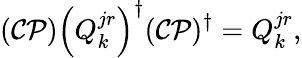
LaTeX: ({\cal CP})\left(Q_{k}^{jr}\right)^{\dagger}({\cal CP})^{\dagger}=Q_{k}^{jr},